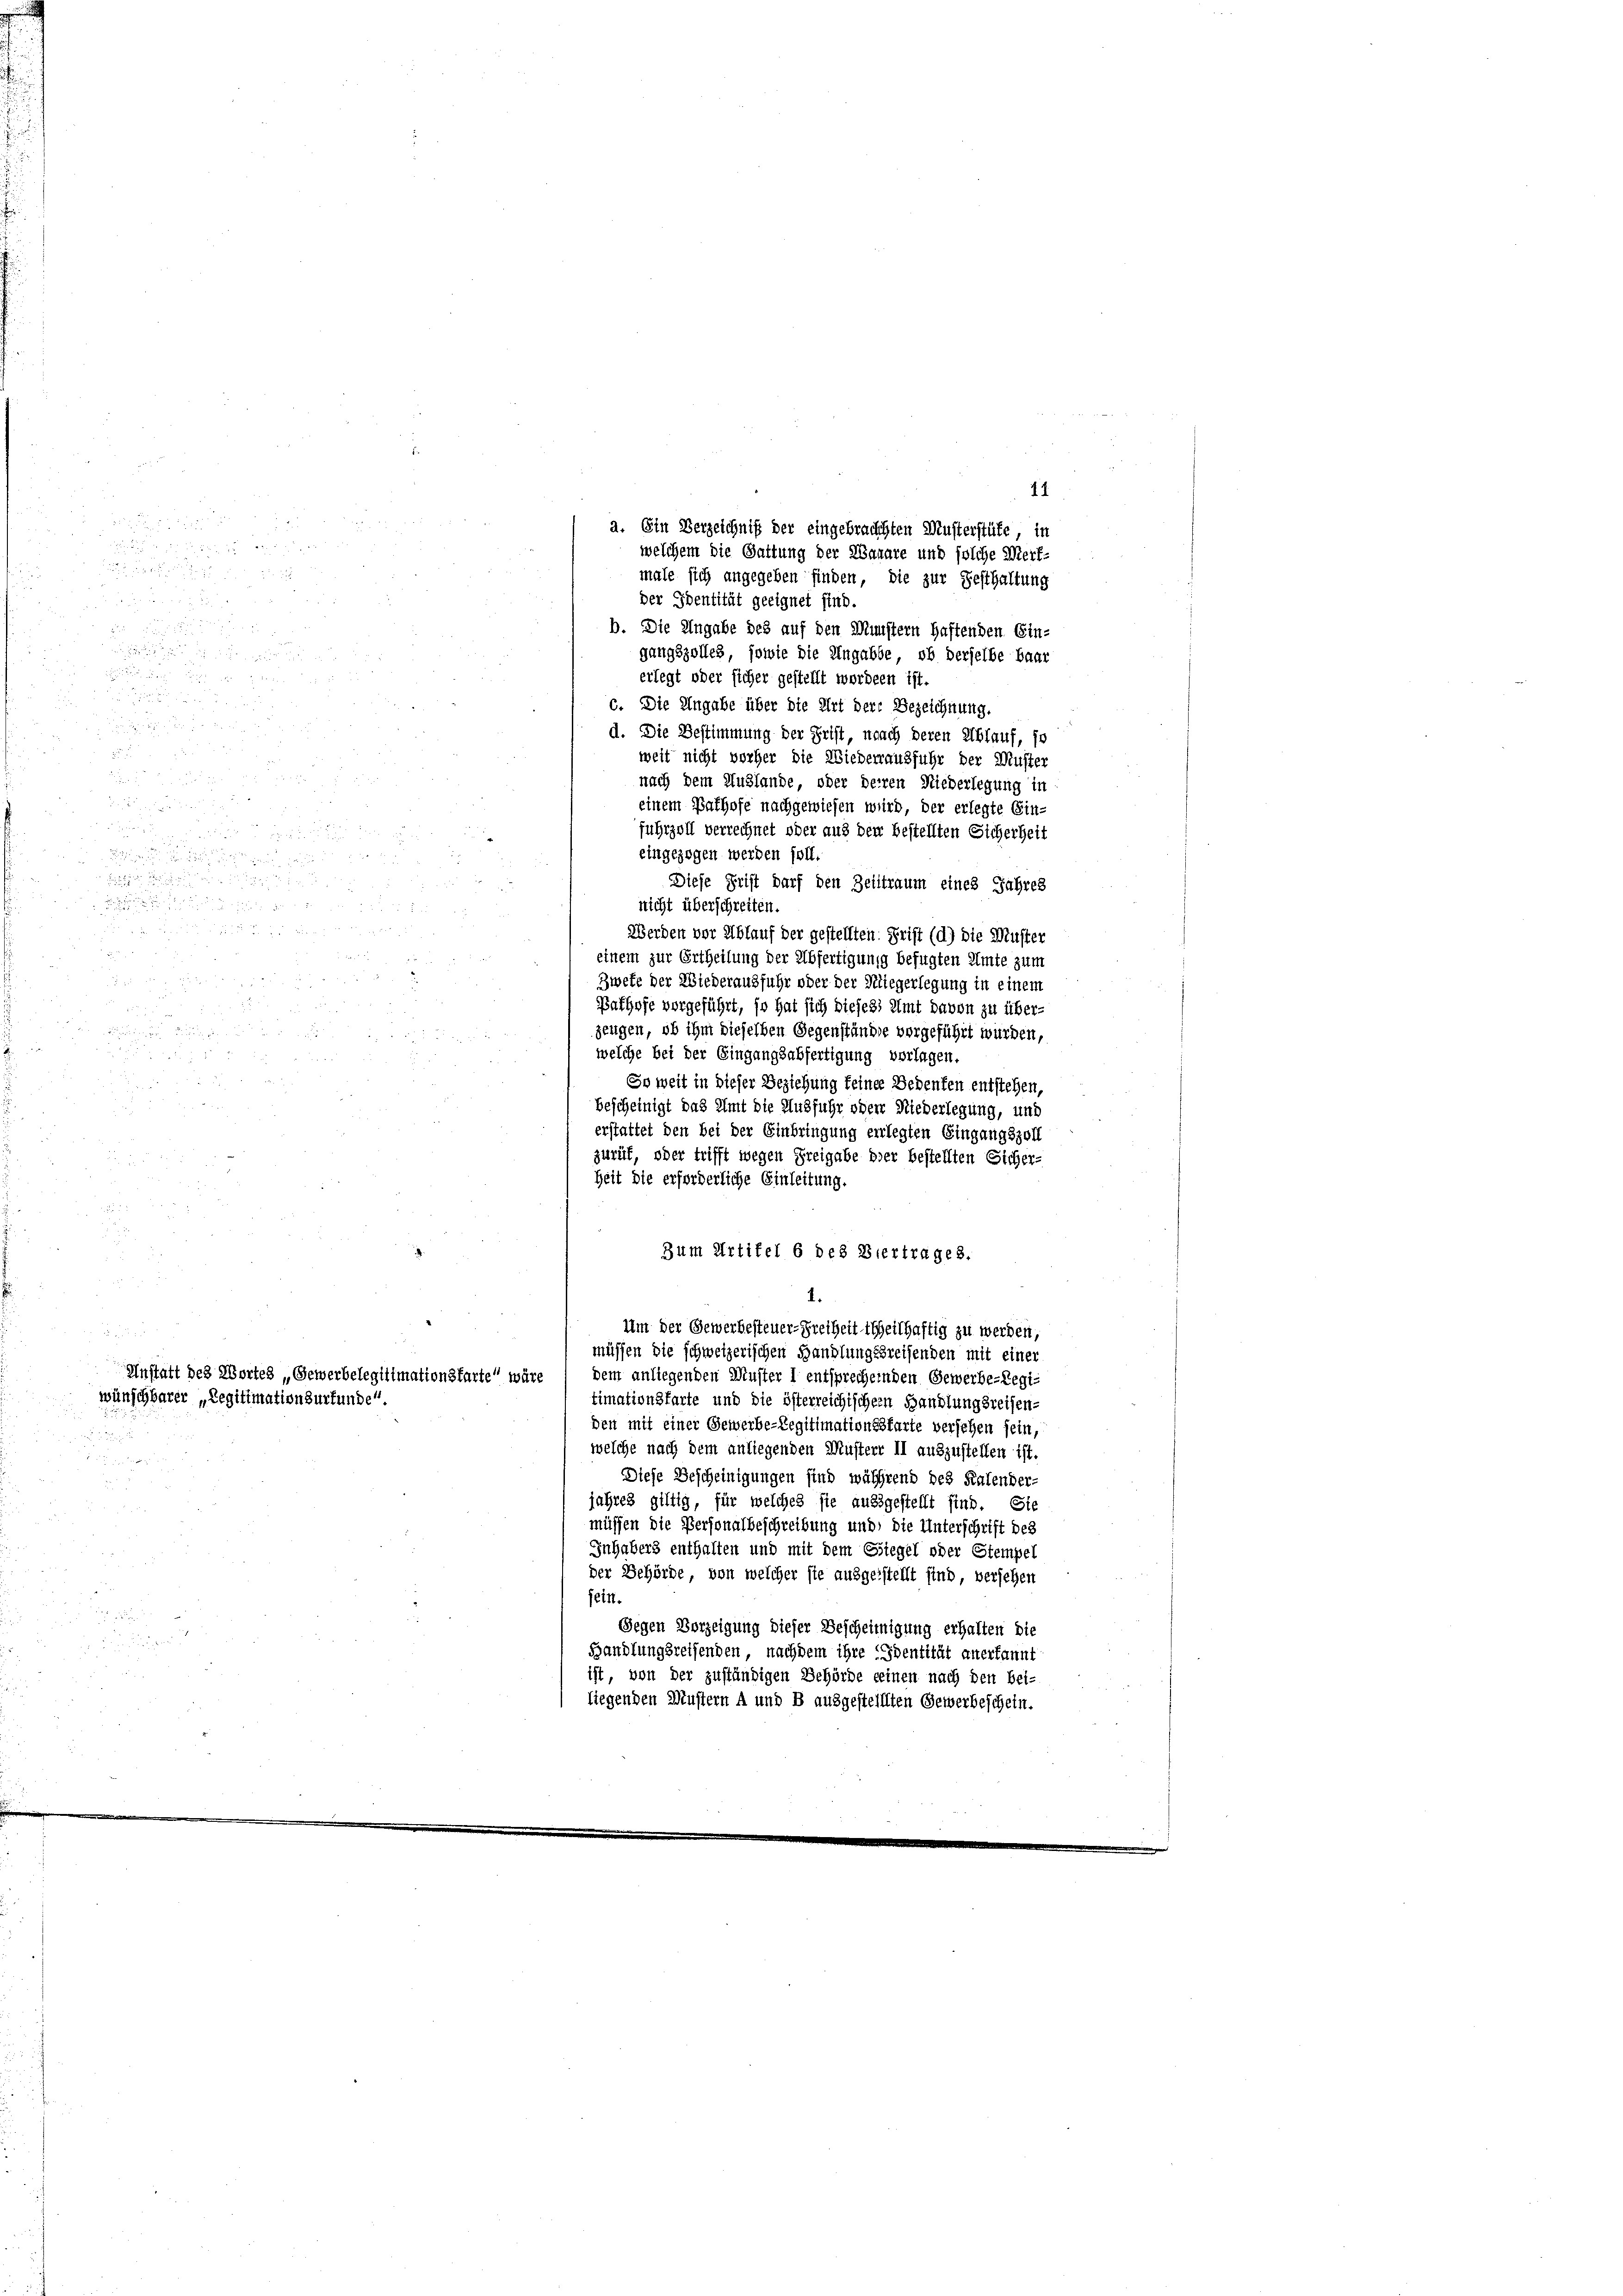
e

Anstatt des Wortes „Gewerbelegitimationsfarte“ wäre
wünschbarer „Legitimationsurfunde“

i

41
a. Ein Verzeichniß der eingebrachten Musterstüte in
welchem die Gattung der Warare und solche Wert-
male sich angegeben finden, die zur Festhaltung
der Identität geeignet sind.
b. Die Angabe des auf den Münstern haftenden Ein-
gangszolles, sowie die Angabbe, ob derselbe baar
erlegt oder sicher gestellt worden ist.
c. Die Angabe über die Art dere Bezeichnung.
d. Die Bestimmung der Frist nach deren Ablauf, so
.
weit nicht vorher die Wiederrausfuhr der Muster
nach dem Auslande, oder derren Niederlegung in
einem Pathofe nachgewiesen wird, der erlegte Ein-
fuhrzoll verrechnet oder aus den bestellten Sicherheit
eingezogen werden soll,
i
Diese Frist darf den Zeittraum eines Jahres
nicht überschreiten.
2 x
Werden vor Ablauf der gestellten: Frist (d) die Muster
einem zur Ertheilung der Abfertigung befugten Amte zum
u
8
Zwete der Wiederausfuhr oder der Kliegerlegung in einem
.
Pathofe vorgeführt, so hat sich dieses Amt davon zu über-
zengen, ob ihm dieselben Gegenstände vorgeführt wurden,

welche bei der Eingangsabfertigung vorlagen.

Soweit in dieser Beziehung feiner Bedenken entstehen,
p
bescheinigt das Amt die Ausfuhr oder Niederlegung, und
u
erstattet den bei der Einbringung erlegten Eingangszoll
zurück, oder trifft wegen Freigabe oder bestellten Sicher-
Zeit die erforderliche Einleitung.
Zum Artikel 6 des Bierfrages.
1.
Um der Gewerbesteuer-Freiheit ihheithaftig zu werden,
müssen die schweizerischen Handlungsbreisenden mit einer
dem anliegenden Muster 1 entsprechenden Gewerbe-Regitimationsfarte und die österreichischen Handlungsreisen-
den mit einer Gewerbe-Legitimationspfarte versehen sein,
welche nach dem anliegenden Musterr II auszustellen ist.
Diese Bescheinigungen sind während des Kalender-
jahres giltig, für welches sie ausgestellt sind. Ste
müssen die Personalbeschreibung und die Unterschrift des
Inhabers enthalten und mit dem Esiegel oder Stempel
der Behörde, von welcher sie ausgestellt sind, versehen
sein.
Gegen Vorzeigung dieser Bescheinigung erhalten die
Handlungsreisenden, nachdem ihre Identität anerkannt
ist, von der zuständigen Behörde seinen nach den bei-
liegenden Mustern A und B ausgestellten Gewerbeschein.